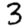
Digit: 3